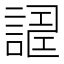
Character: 𧪀